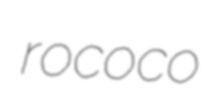
rococo